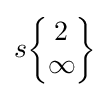
s{\begin{Bmatrix}2\\\infty \end{Bmatrix}}